Lunatic asylums in Bengal annual reports 1888-1898 - 1888-1898
Year: 1888
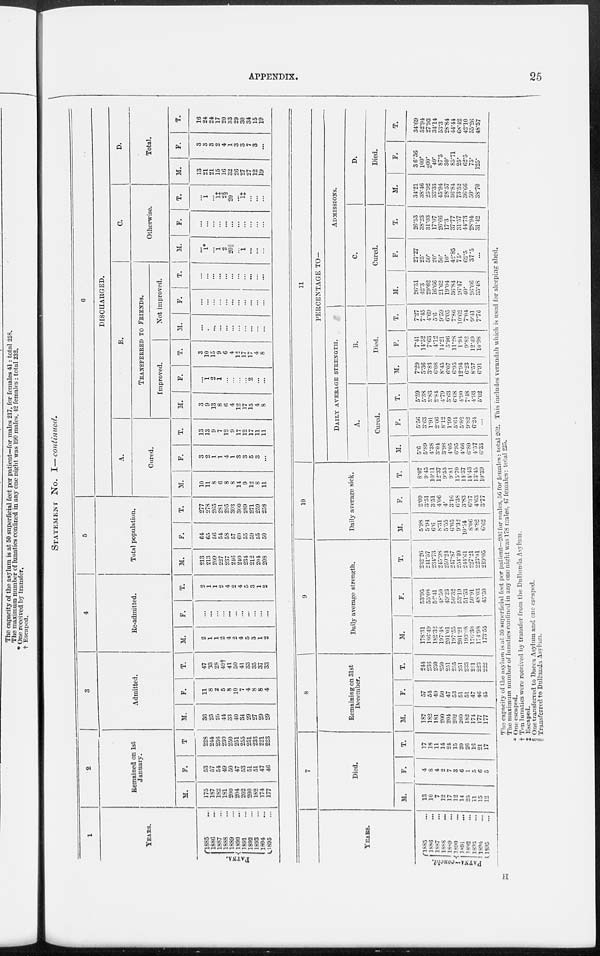
APPENDIX.
25
STATEMENT No. I—continued.
1
YEARS.
PATNA.
1885 ...
1886 ...
1887 ...
1888 ...
1889 ...
1890 ...
1891 ...
1892 ...
1893 ...
1894 ...
1895 ...
2
Remained on 1st
January.
M.
175
187
182
181
200
204
202
200
182
174
177
F.
53
57
54
49
50
47
53
51
51
47
46
T.
228
244
236
230
250
251
255
251
233
221
223
3
Admitted.
M.
36
25
26
44
33
40
34
29
27
29
29
F.
11
8
2
5
8
10
7
4
8
8
4
T.
47
33
28
49†
41
50
41
33
35
37
33
4
Re-admitted.
M.
2
1
1
2
4
2
4
5
3
1
2
F.
...
...
...
...
...
...
...
...
...
...
...
T.
2
1
1
2
4
2
4
5
3
1
2
5
Total population.
M.
213
213
209
227
237
246
240
234
212
204
208
F.
64
65
56
54
58
57
60
55
59
55
50
T.
277
278
265
281
295
303
300
289
271
259
258
6
DISCHARGED.
A.
Cured.
M.
10
11
8
6
8
8
14
9
12
8
11
F.
3
2
1
1
4
1
3
3
5
3
...
T.
13
13
9
7
12
9
17
12
17
11
11
B.
TRANSFERRED TO FRIENDS.
Improved.
M.
3
9
13
8
6
4
12
17
15
4
8
F.
...
1
2
1
...
...
...
...
2
...
...
T.
3
10
15
9
6
4
12
17
17
4
8
Not improved.
M.
...
...
...
...
...
...
...
...
...
...
...
F.
...
...
...
...
...
...
...
...
...
...
...
T.
...
...
...
...
...
...
...
...
...
...
...
C.
Otherwise.
M.
...
1*
...
1
2
20||
...
1
...
...
...
F.
...
...
...
...
...
...
...
...
...
...
...
T.
...
1
...
1‡
2§
20
...
1‡
...
...
...
D.
Total.
M.
13
21
21
15
16
32
26
27
27
12
19
F.
3
3
3
2
4
1
3
3
7
3
...
T.
16
24
24
17
20
33
29
30
34
15
19
YEARS.
PATNA-concld.
1885 ...
1886 ...
1887...
1888
...
1889 ...
1890 ...
1891...
1892 ...
1893 ...
1894 ...
1895 ...
7
Died.
M.
13
10
7
12
17
12
14
25
11
15
12
F.
4
8
4
2
7
3
6
1
5
6
5
T.
17
18
11
14
24
15
20
26
16
21
17
8
Remaining on 31st
December.
M.
187
182
181
200
204
202
200
182
174
177
177
F.
57
54
49
50
47
53
51
51
47
46
45
T.
244
236
230
250
251
255
251
233
221
223
222
9
Daily average strength.
M.
178.31
186.49
182.32
197.48
201.01
197.55
201.21
193.08
176.30
174.98
173.55
F.
53.95
55.08
52.41
48.50
49.23
50.32
53.19
51.53
50.91
48.03
45.50
T.
232.26
241.57
234.73
245.98
250.24
247.87
254.40
244.61
227.21
223.01
219.05
10
Daily average sick.
M.
5.98
5.94
6.6
8.31
5.55
6.65
9.32
10.54
8.06
8.82
6.62
F.
2.09
3.51
3.51
4.06
4.
3.16
6.38
3.83
6.37
4.63
3.77
T.
8.07
9.45
10.11
12.37
9.55
9.81
15.70
14.37
14.43
13.45
10.39
11
PERCENTAGE TO—
DAILY AVERAGE STRENGTH.
A.
Cured.
M.
5.6
5.89
4.38
3.04
3.98
4.05
6.95
4.66
6.80
4.57
6.33
F.
5.56
3.63
1.91
2.06
8.12
1.99
5.64
5.82
9.82
6.24
...
T.
5.59
5.38
3.83
2.84
4.79
3.63
6.68
4.90
7.48
4.93
5.02
B.
Died.
M.
7.29
5.36
3.83
6.08
8.45
6.07
6.95
12.94
6.23
8.57
6.91
F.
7.41
14.52
7.63
4.12
14.21
5.96
11.28
1.94
9.82
12.49
10.98
T.
7.27
7.45
4.69
5.6
9.59
6.05
7.86
10.62
7.04
9.41
7.76
ADMISSIONS.
C.
Cured.
M.
26.31
42.3
29.62
16.66
21.62
19.04
36.84
26.47
40.
26.66
35.48
F.
27.27
25.
50.
20.
50.
10.
42.85
75.
62.5
37.5
...
T.
26.53
38.23
31.03
17.07
26.66
17.3
37.77
31.57
44.73
28.94
31.42
D.
Died.
M.
34.21
38.46
25.92
33.33
45.94
28.57
36.84
73.52
36.66
50.
38.70
F.
36.36
100.
200.
40.
87.5
30.
85.71
25.
62.5
75.
125.
T.
34.69
52.94
27.93
34.14
53.3
28.84
44.44
68.42
42.10
55.26
48.57
The capacity of the asylum is at 50 superficial feet per patient-206 for males, 56 for females: total 262. This includes verandah which is used for sleeping shed.
The maximum number of lunatics confined in any one night was 178 males, 47 females: total 225.
* One escaped.
† Ten lunatics were received by transfer from the Dullunda Asylum.
‡ Escaped.
§ One transferred to Dacca Asylum and one escaped.
|| Transferred to Dullunda Asylum.
H